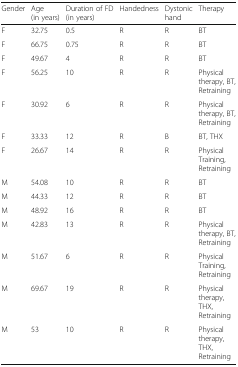
| Gender | Age (in years) | Duration of FD (in years) | Handedness | Dystonic hand | Therapy |
 | --- | --- | --- | --- | --- | --- |
 | F | 32.75 | 0.5 | R | R | BT |
 | F | 66.75 | 0.75 | R | R | BT |
 | F | 49.67 | 4 | R | R | BT |
 | F | 56.25 | 10 | R | R | Physical therapy, BT, Retraining |
 | F | 30.92 | 6 | R | R | Physical therapy, BT, Retraining |
 | F | 33.33 | 12 | R | B | BT, THX |
 | F | 26.67 | 14 | R | R | Physical Training, Retraining |
 | M | 54.08 | 10 | R | R | BT |
 | M | 44.33 | 12 | R | R | BT |
 | M | 48.92 | 16 | R | R | BT |
 | M | 42.83 | 13 | R | R | Physical therapy, BT, Retraining |
 | M | 51.67 | 6 | R | R | Physical Training, Retraining |
 | M | 69.67 | 19 | R | R | Physical therapy, THX, Retraining |
 | M | 53 | 10 | R | R | Physical therapy, THX, Retraining |